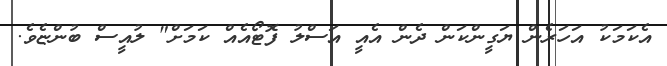
އެކަމަކު އަހަރެން ޔަގީންކަން ދެން އެއީ އަސްލު ފޮޓޯއެއް ކަމަށް" ލުއީސް ބުންޏެވެ.